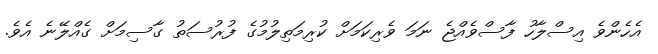
އެހެންވެ އިސްލާހު ފާސްވެއްޖެ ނަމަ ވެރިކަމަށް ކުރިމަތިލުމުގެ ފުރުސަތު ގާސިމަށް ގެއްލޭނެ އެވެ.